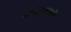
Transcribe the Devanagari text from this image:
नर्मदातटाकी